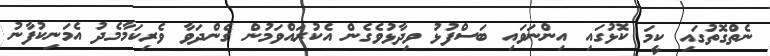
ނެތްގޮތުގައި ކީމަ ކޮޅުގައި އިންނަވައި ބަސްފުޅު ވިދާޅުވެގެން އެކުރައްވަމުން ގެންދަވާ ވެރިކަމާމެދު އެމަނިކުފާނު